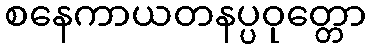
စနေကာယတနပ္ပဝုတ္တော